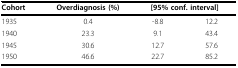
| Cohort | Overdiagnosis (%) | <COLSPAN=2> [95% conf. interval] |
 | --- | --- | --- | --- |
 | 1935 | 0.4 | -8.8 | 12.2 |
 | 1940 | 23.3 | 9.1 | 43.4 |
 | 1945 | 30.6 | 12.7 | 57.6 |
 | 1950 | 46.6 | 22.7 | 85.2 |